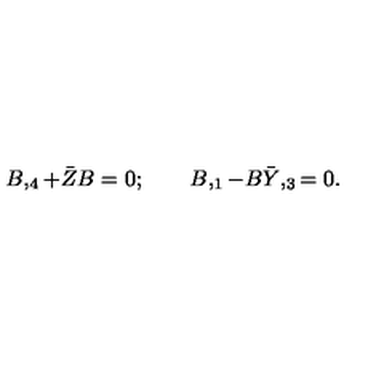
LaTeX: B , _ { 4 } + \bar { Z } B = 0 ; \qquad B , _ { 1 } - B \bar { Y } , _ { 3 } = 0 .